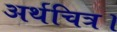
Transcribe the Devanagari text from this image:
अर्थचित्र।